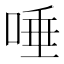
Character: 唾